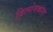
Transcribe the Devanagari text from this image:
विलोमकोश